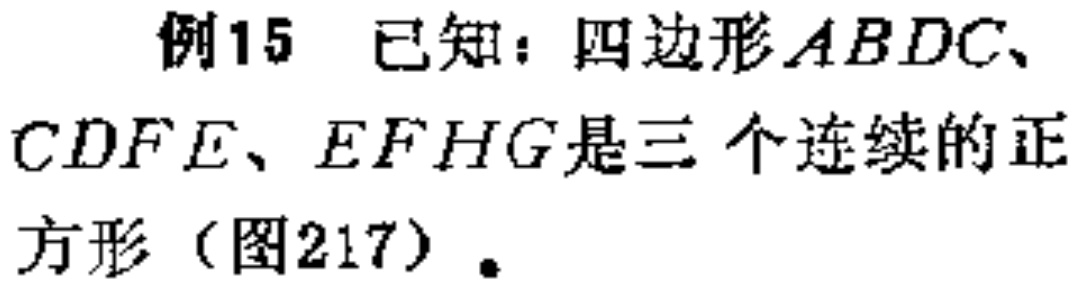
例15 已知：四边形\(ABDC\)、\(CDFE\)、\(EFHG\)是三个连续的正

方形（图217）。